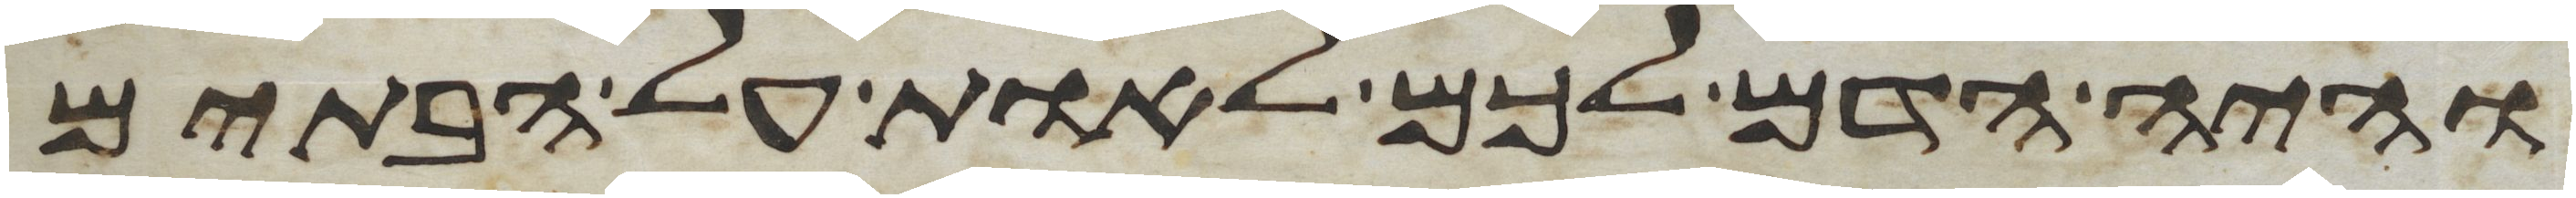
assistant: והיה הדם לכם לאות על הבתים